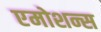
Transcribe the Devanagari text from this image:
एमोशन्स